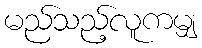
မည်သည့်လူကမျှ